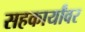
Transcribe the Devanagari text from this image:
सहकार्यांवर